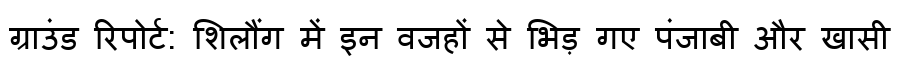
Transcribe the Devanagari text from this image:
ग्राउंड रिपोर्ट: शिलौंग में इन वजहों से भिड़ गए पंजाबी और खासी